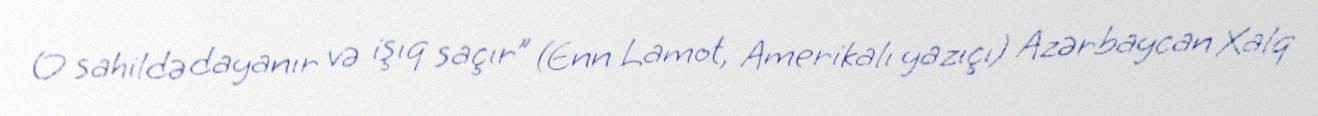
O sahildə dayanır və işıq saçır” (Enn Lamot, Amerikalı yazıçı) Azərbaycan Xalq